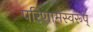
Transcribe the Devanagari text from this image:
परिणामस्वरूप्